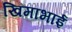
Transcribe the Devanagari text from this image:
खिमाभाई